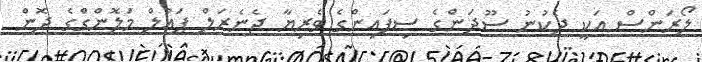
ލޯރަންސް އަކީ ދެކުނު ސޫދަންގެ ސިފައިންގެ ވެރިޔާ ޖެނެރަލް ޕައުލް މަލޮންގްގެ ދޮން